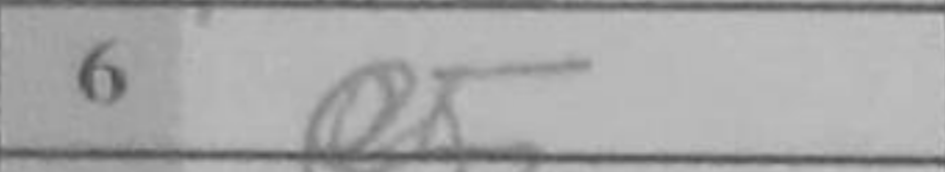
Transcription: e5